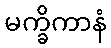
မက္ခိကာနံ